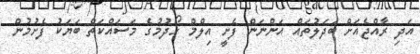
އަދި ރާއްޖެއަށް ބަދަލުތައް އަންނަން ފެށީ އިލްމް ހޯދުމުގެ މަސައްކަތް ބަޔަކު ފެށުމުން